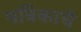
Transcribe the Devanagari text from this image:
पत्रिकाचे